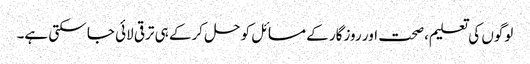
لوگوں کی تعلیم، صحت اور روزگار کے مسائل کو حل کرکے ہی ترقی لائی جا سکتی ہے۔